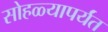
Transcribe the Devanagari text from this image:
सोहळ्यापर्यंत